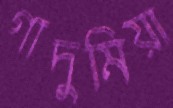
গাদুমিয়া